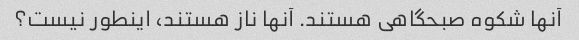
آنها شکوه صبحگاهی هستند. آنها ناز هستند، اینطور نیست؟